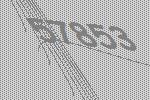
57853